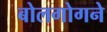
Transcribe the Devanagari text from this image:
बोलगोगने